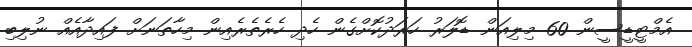
އެމްޓީޑީސީން 60 މިލިއަން ޑޮލަރު ހަރަދުކޮށްގެން ހެދި ހެރެތެރެއިން މިހާތަނަށް ފައިދާއެއް ނުލިބި